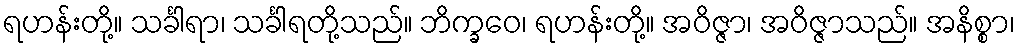
ရဟန်းတို့။ သင်္ခါရာ၊ သင်္ခါရတို့သည်။ ဘိက္ခဝေ၊ ရဟန်းတို့။ အဝိဇ္ဇာ၊ အဝိဇ္ဇာသည်။ အနိစ္စာ၊